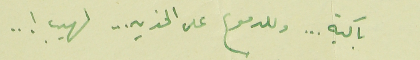
باكية ... وللدموع على الخدين ... لهيب ! ..